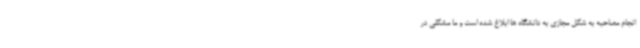
انجام مصاحبه به شکل مجازی به دانشگاه ها ابلاغ شده است و ما مشکلی در